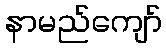
နာမည်ကျော်